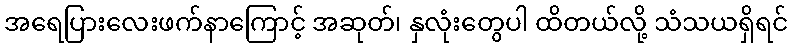
အရေပြားလေးဖက်နာကြောင့် အဆုတ်၊ နှလုံးတွေပါ ထိတယ်လို့ သံသယရှိရင်